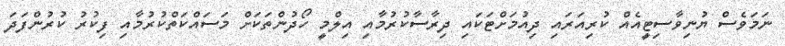
ނަމަވެސް ޔުނިވާސިޓީއެއް ކުރިއަރައި ދިއުމަށްޓަކައި ދިރާސާކުރުމާއި އިލްމީ ހޯދުންތަކަށް މަސައްކަތްކުރުމާއި ފިކުރު ކުރުންފަދަ